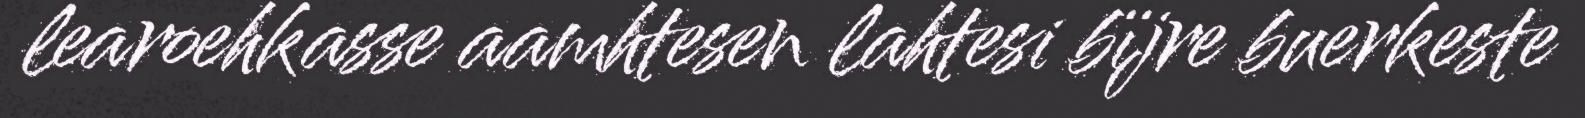
learoehkasse aamhtesen lahtesi bïjre buerkeste